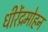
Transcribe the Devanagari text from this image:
धीरेंद्रमोहन